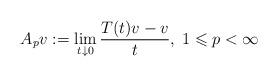
LaTeX: \begin{align*} A_p v := \lim_{t\downarrow 0}\frac{T(t)v-v}{t},\; 1\leqslant p<\infty\end{align*}